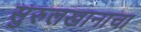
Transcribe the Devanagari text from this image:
सुरुलखानाचा